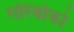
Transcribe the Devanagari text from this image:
गरिबोको